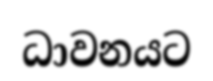
ධාවනයට